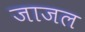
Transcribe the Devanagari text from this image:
जाजल